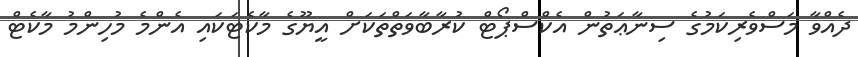
ދެއްވާ މަސްވެރިކަމުގެ ސިނާޢަތުން އެކްސްޕޯޓް ކުރާބާވަތްތަކަށް އީޔޫގެ މާކެޓަކައި އެންމެ މުހިންމު މާކެޓް